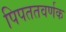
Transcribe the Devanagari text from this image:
पिपततवर्णक